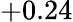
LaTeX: +0.24